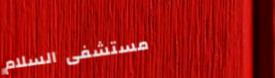
مستشفى السلام